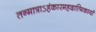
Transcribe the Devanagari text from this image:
तन्मात्राऽहंकारमहदात्मिकायाँ